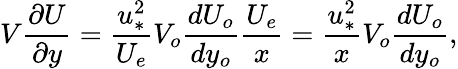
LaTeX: V\frac{\partial U}{\partial y}=\frac{u_{*}^{2}}{U_{e}}V_{o}\frac{dU_{o}}{dy_{o}}\frac{U_{e}}{x}=\frac{u_{*}^{2}}{x}V_{o}\frac{dU_{o}}{dy_{o}},